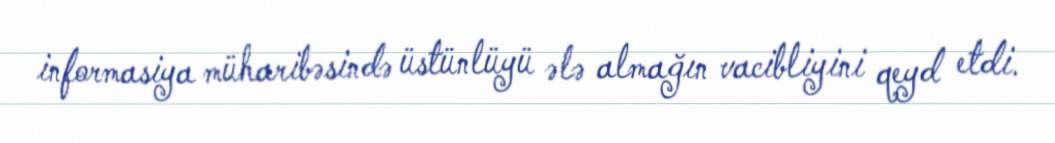
informasiya müharibəsində üstünlüyü ələ almağın vacibliyini qeyd etdi.